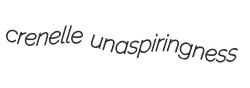
crenelle unaspiringness